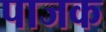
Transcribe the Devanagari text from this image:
पाजक